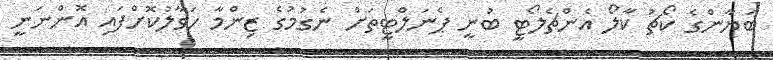
ބަޔާންގެ ކޯޗު ކާލޯ އެންޗެލޯޓީ ބުނީ ޕެނަލްޓީތަށް ނެގުމުގެ ޒިންމާ ހަވާލުކޮށްފައި އޮންނަނީ